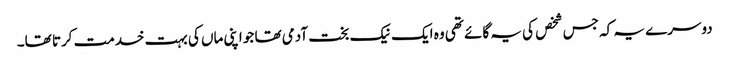
دوسرے یہ کہ جس شخص کی یہ گائے تھی وہ ایک نیک بخت آدمی تھا جو اپنی ماں کی بہت خدمت کرتا تھا۔